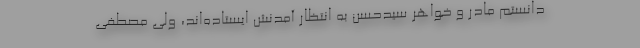
‌دانستم مادر و خواهر سیدحسن به انتظار آمدنش ایستاده‌اند، ولی مصطفی